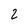
Character: 2